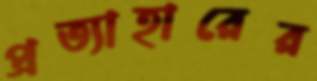
প্রত্যাহারের